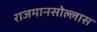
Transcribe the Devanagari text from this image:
राजमानसोल्लास